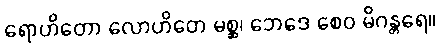
ရောဟိတော လောဟိတေ မစ္ဆ၊ ဘေဒေ စေဝ မိဂန္တရေ။